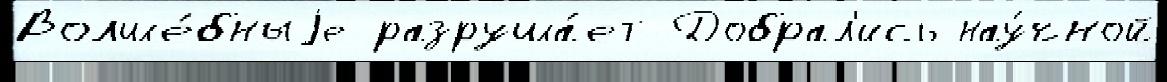
Волше́бныjе разруша́ет Добрал'ись нау́чной